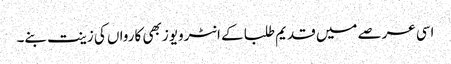
اسی عرصے میں قدیم طلبا کے انٹرویوز بھی کارواں کی زینت بنے۔